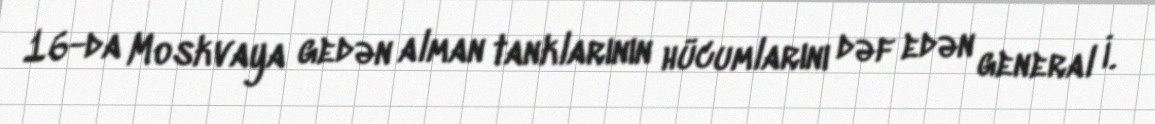
16-da Moskvaya gedən alman tanklarının hücumlarını dəf edən general İ.